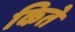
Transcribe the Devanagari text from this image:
किते